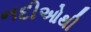
નદીઓથી